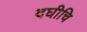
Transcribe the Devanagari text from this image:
दघीचि